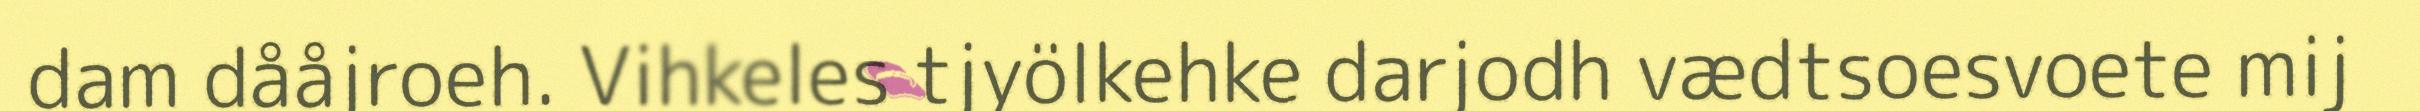
dam dååjroeh. Vihkeles tjyölkehke darjodh vædtsoesvoete mij